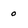
Character: 0